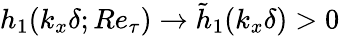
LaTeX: h_{1}(k_{x}\delta;Re_{\tau})\rightarrow\tilde{h}_{1}(k_{x}\delta)>0